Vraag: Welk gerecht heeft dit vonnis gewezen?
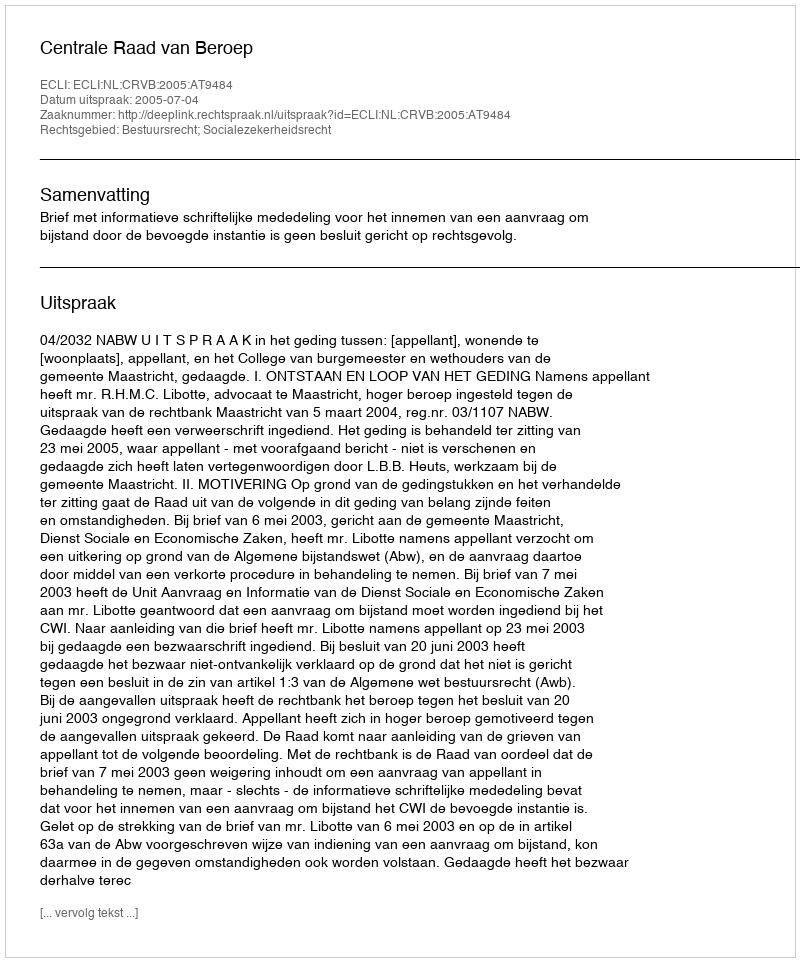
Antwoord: Centrale Raad van Beroep